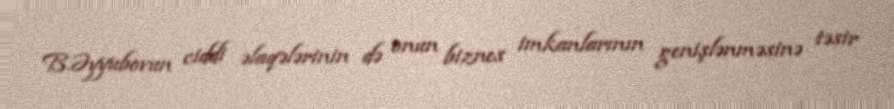
B.Əyyubovun ciddi əlaqələrinin də onun biznes imkanlarının genişlənməsinə təsir